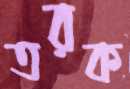
তরক